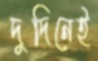
দুদিনেই